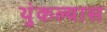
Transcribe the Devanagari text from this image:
थुंकल्यास